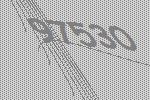
97530